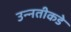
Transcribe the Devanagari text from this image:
उन्‍नतीकडे